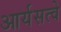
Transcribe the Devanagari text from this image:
आर्यसत्वे